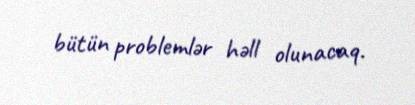
bütün problemlər həll olunacaq.